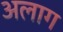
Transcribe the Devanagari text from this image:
अलाग